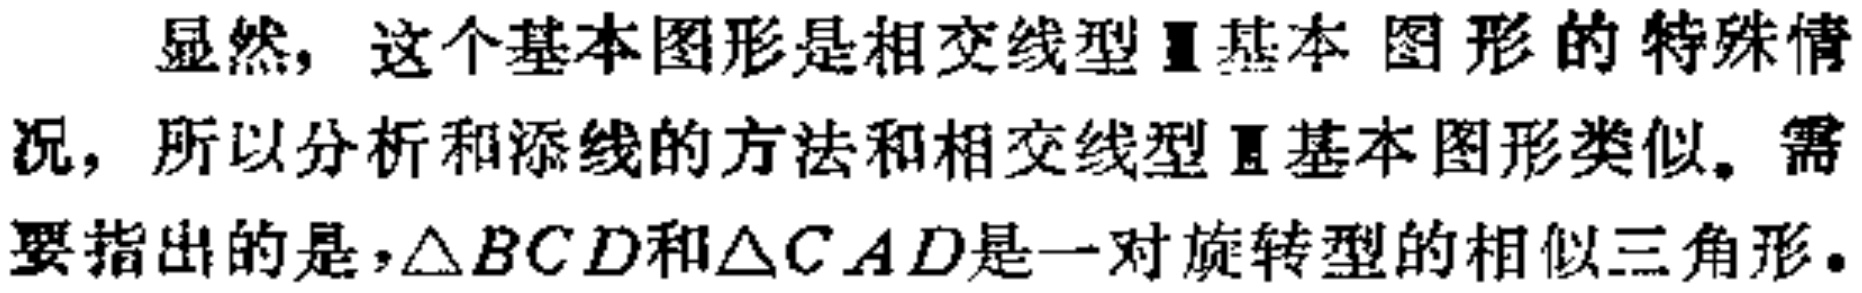
显然，这个基本图形是相交线型Ⅱ基本图形的特殊情况，所以分析和添线的方法和相交线型Ⅱ基本图形类似。需要指出的是，$\triangle BCD$和$\triangle CAD$是一对旋转型的相似三角形。